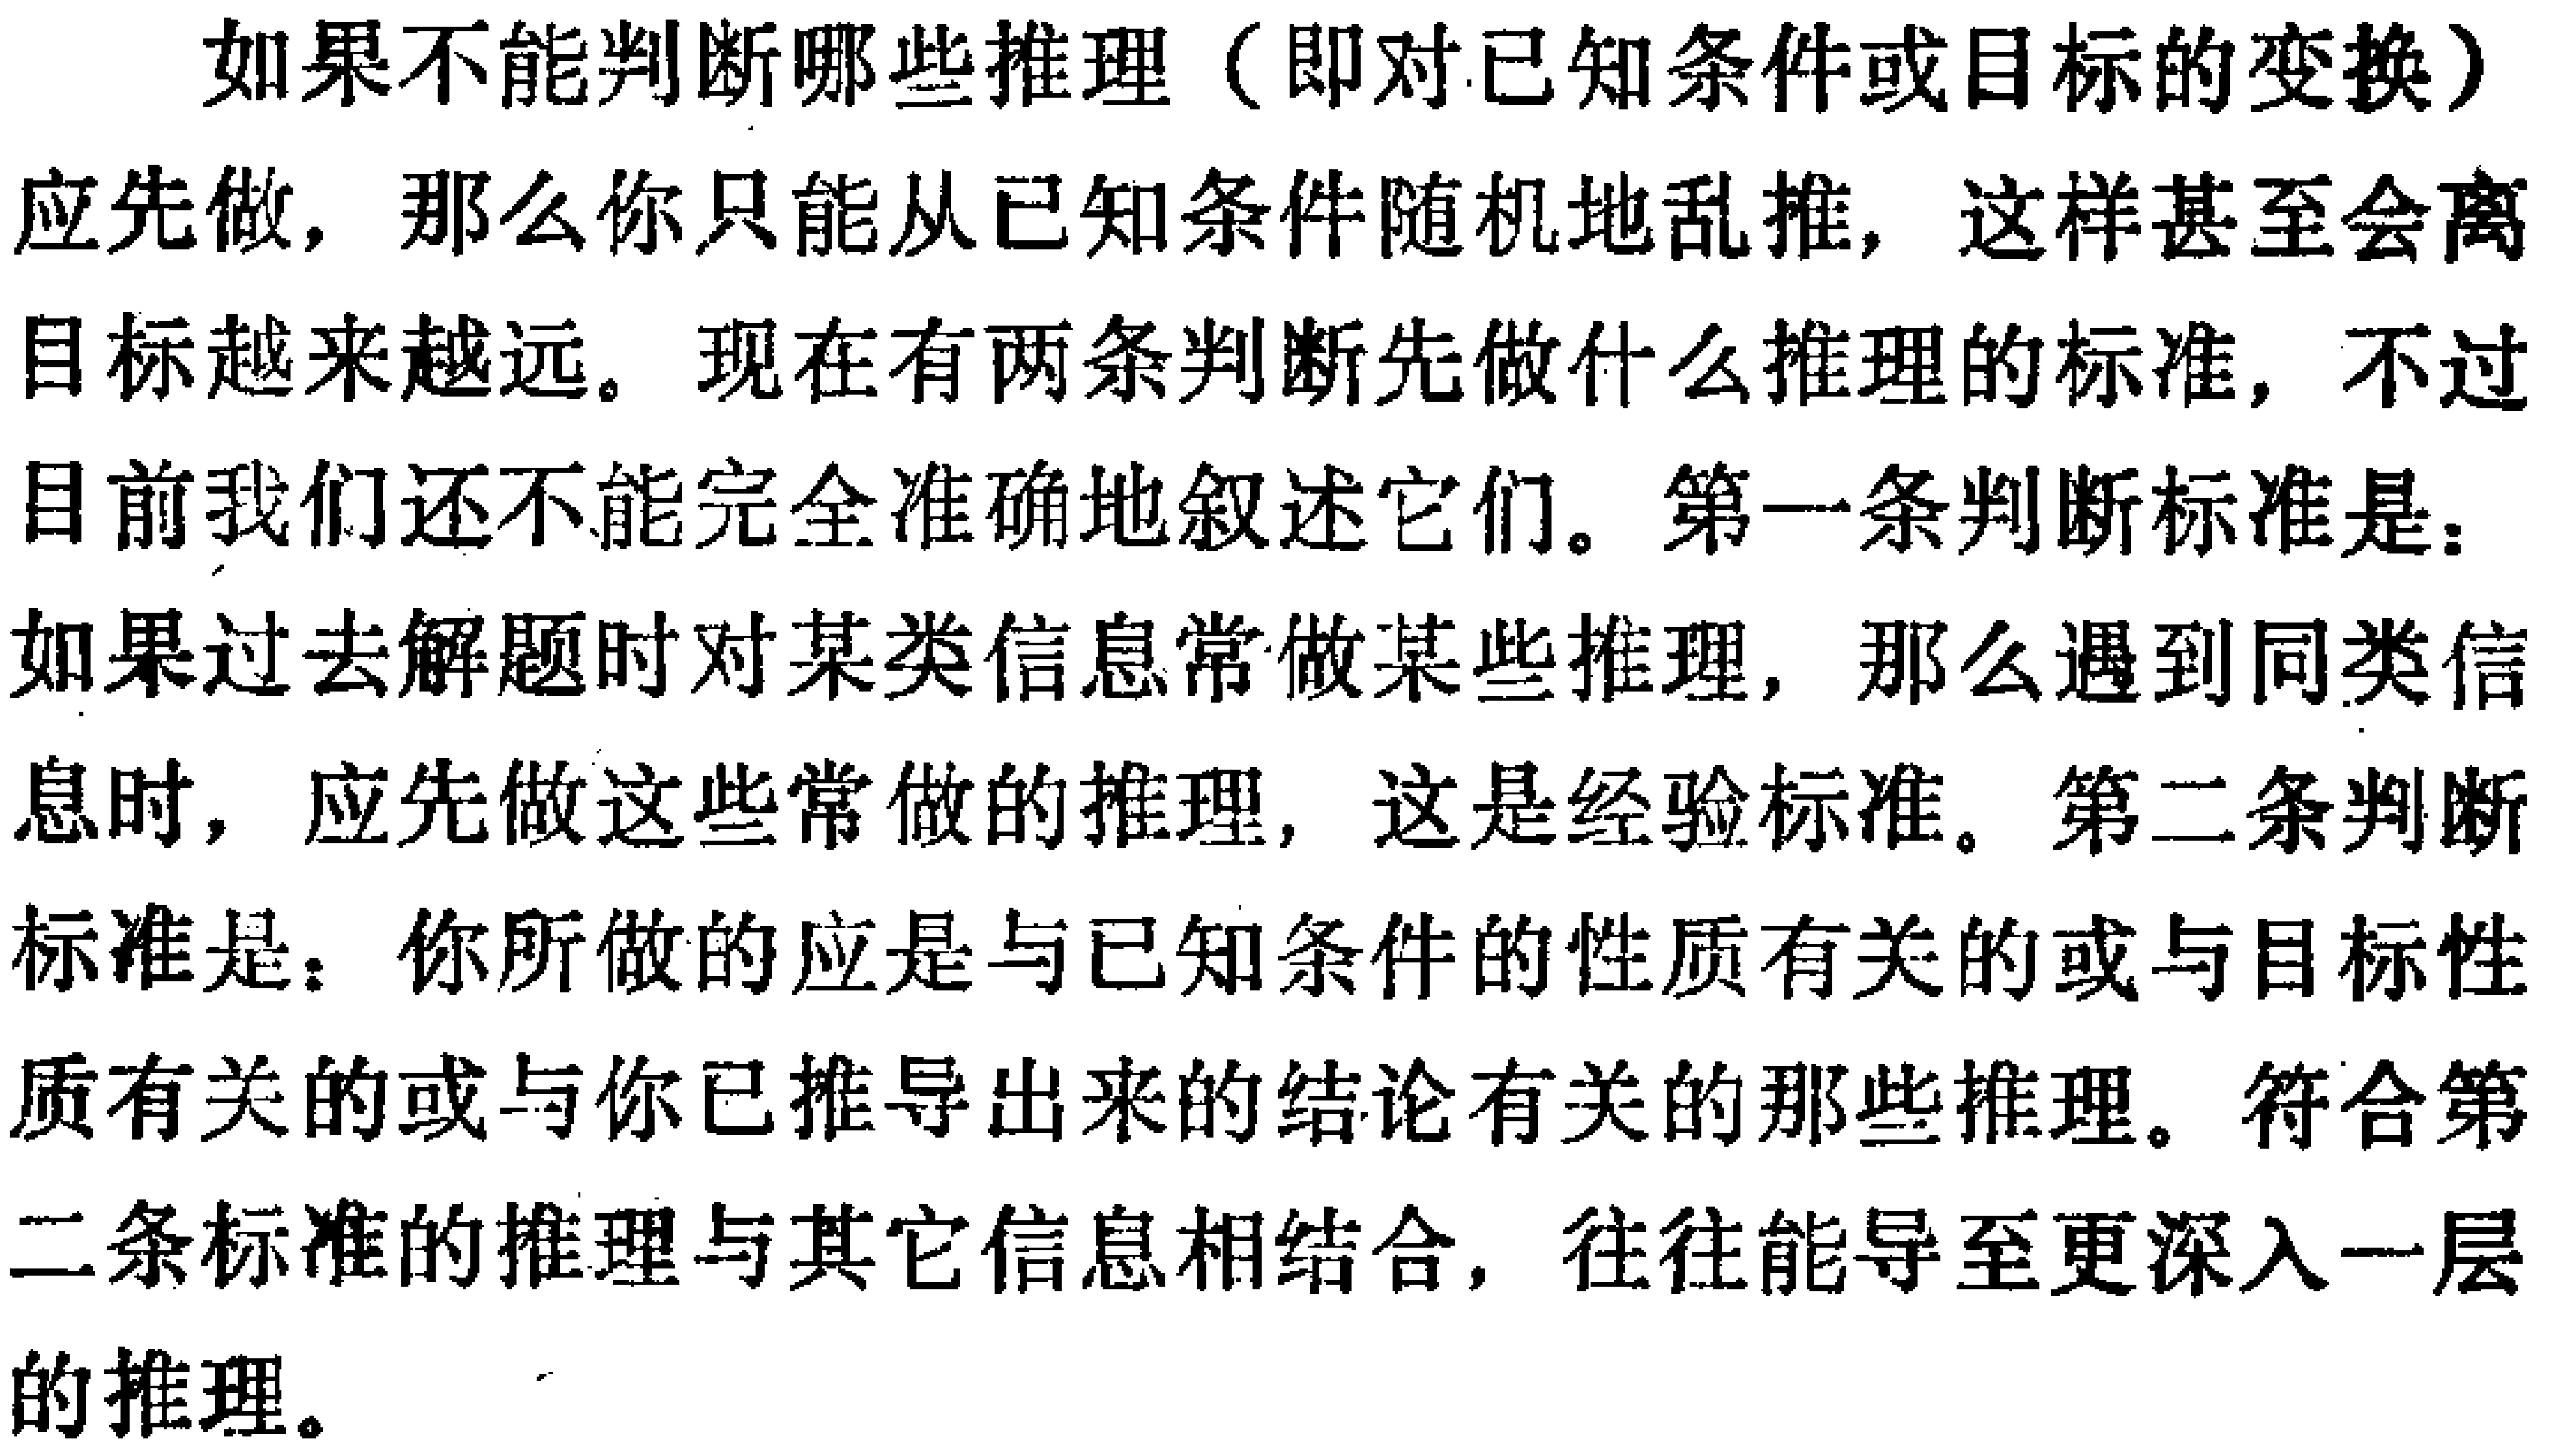
如果不能判断哪些推理（即对已知条件或目标的变换）

应先做，那么你只能从已知条件随机地乱推，这样甚至会离

目标越来越远。现在有两条判断先做什么推理的标准，不过

目前我们还不能完全准确地叙述它们。第一条判断标准是：

如果过去解题时对某类信息常做某些推理，那么遇到同类信

息时，应先做这些常做的推理，这是经验标准。第二条判断

标准是：你所做的应是与已知条件的性质有关的或与目标性

质有关的或与你已推导出来的结论有关的那些推理。符合第

二条标准的推理与其它信息相结合，往往能导至更深入一层

的推理。